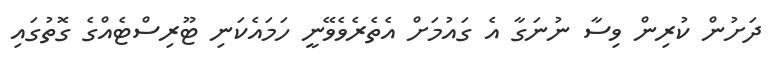
ދަށުން ކުރިން ވިސާ ނުނަގާ އެ ގައުމަށް އެތެރެވެވޭނީ ހަމައެކަނި ޓޫރިސްޓެއްގެ ގޮތުގައި